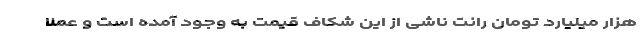
هزار میلیارد تومان رانت ناشی از این شکاف قیمت به وجود آمده است و عملاً